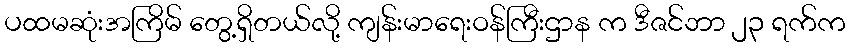
ပထမဆုံးအကြိမ် တွေ့ရှိတယ်လို့ ကျန်းမာရေးဝန်ကြီးဌာန က ဒီဇင်ဘာ ၂၃ ရက်က